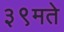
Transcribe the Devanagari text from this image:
३९मते